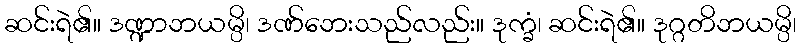
ဆင်းရဲ၏။ ဒဏ္ဍာဘယမ္ပိ၊ ဒဏ်ဘေးသည်လည်း။ ဒုက္ခံ၊ ဆင်းရဲ၏။ ဒုဂ္ဂတိဘယမ္ပိ၊